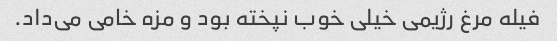
فیله مرغ رژیمی خیلی خوب نپخته بود و مزه خامی می‌داد.